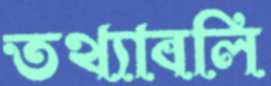
তথ্যাবলি